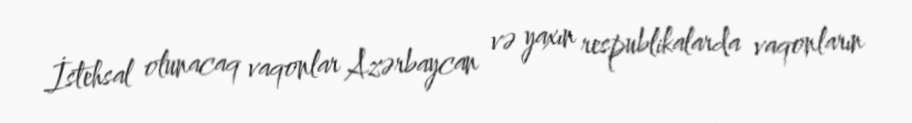
İstehsal olunacaq vaqonlar Azərbaycan və yaxın respublikalarda vaqonların